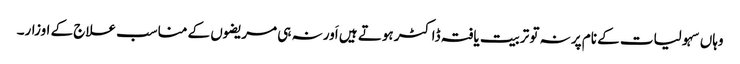
وہاں سہولیات کے نام پر نہ تو تربیت یافتہ ڈاکٹر ہوتے ہیں اَور نہ ہی مریضوں کے مناسب علاج کے اوزار۔